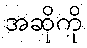
အဆိုကို